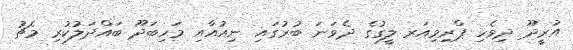
އުރީދޫ ދިވެހި ޕްރިމިއަރ ލީގުގެ ދެވަނަ ބުރުގައި ނިއުއާއި މަހިބަދޫ ބައްދަލުކުރި މެޗު